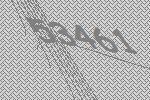
53461